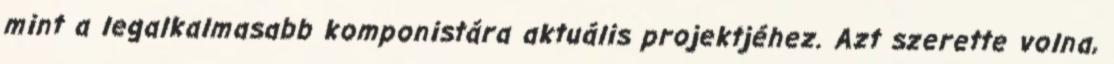
mint a legalkalmasabb komponistára aktuális projektjéhez. Azt szerette volna,